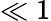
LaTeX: \ll 1